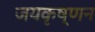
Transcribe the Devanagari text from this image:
जयकृष्णन